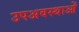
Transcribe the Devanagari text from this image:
उपअवस्थाओं